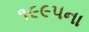
૧૯૯૫ના